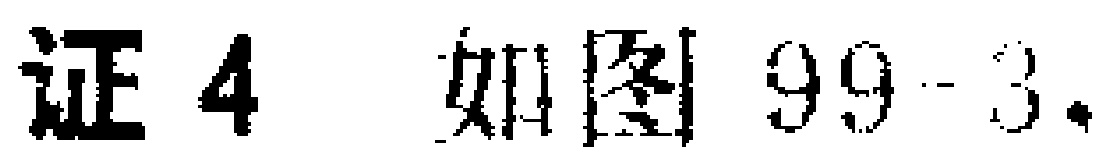
证4 如图99-3.